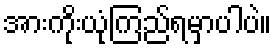
အားကိုးယုံကြည်ရမှာပါပဲ။